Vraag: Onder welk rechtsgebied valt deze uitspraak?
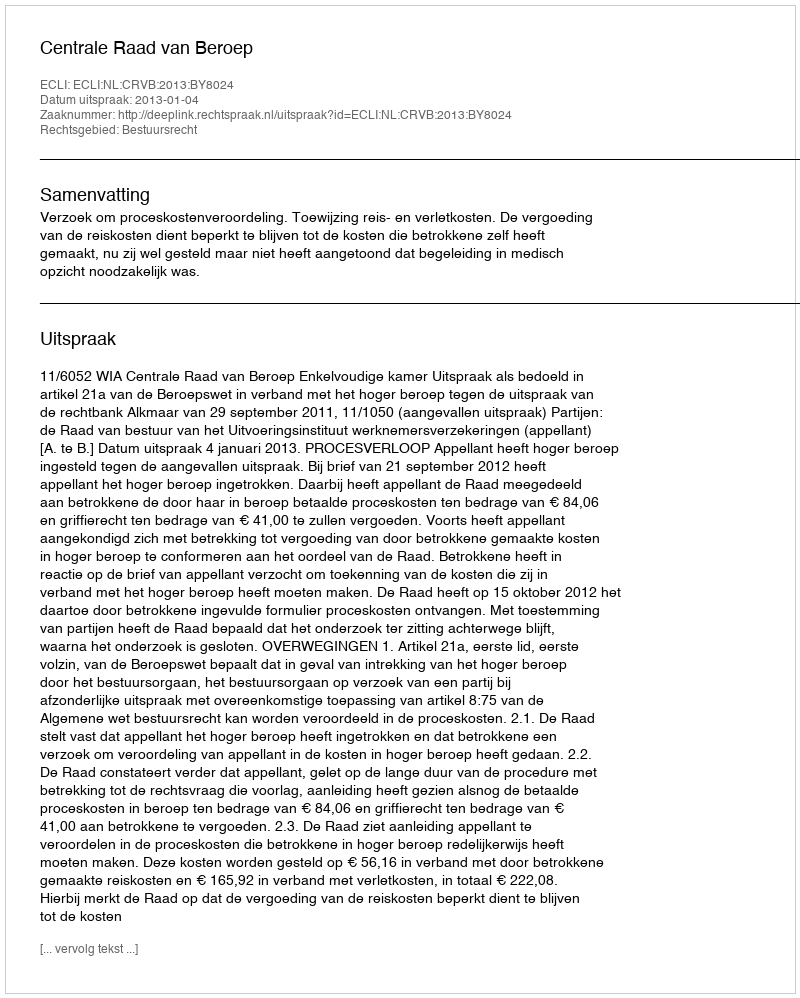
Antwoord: Bestuursrecht